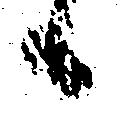
候